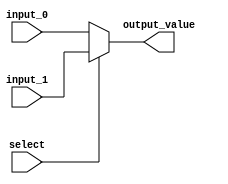
module Mux_2to1 #(parameter WIDTH=32)
    (
	  input select,
	  input [WIDTH-1:0] input_0, input_1,
      output [WIDTH-1:0] output_value
    );

assign output_value = select ? input_1 : input_0;

endmodule